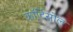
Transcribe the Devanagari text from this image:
कॉर्टिसोल